Cholera in southern India
Disease focus: Cholera
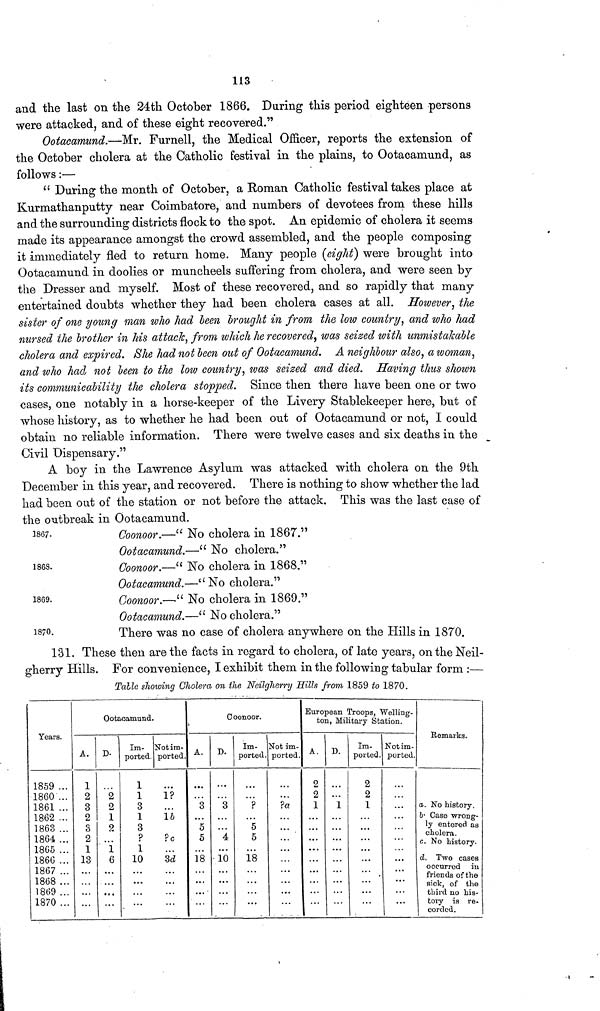
113
and the last on the 24th October 1866. During this period eighteen persons
were attacked, and of these eight recovered."
Ootacamund.—Mr. Furnell, the Medical Officer, reports the extension of
the October cholera at the Catholic festival in the plains, to Ootacamund, as
follows :—
" During the month of October, a Roman Catholic festival takes place at
Kurmathanputty near Coimbatore, and numbers of devotees from these hills
and the surrounding districts flock to the spot. An epidemic of cholera it seems
made its appearance amongst the crowd assembled, and the people composing
it immediately fled to return home. Many people {eight) were brought into
Ootacamund in doolies or muncheels suffering from cholera, and were seen by
the Dresser and myself. Most of these recovered, and so rapidly that many
entertained doubts whether they had been cholera cases at all. However, the
sister of one young man who had been brought in from the low country, and who had
nursed the brother in his attack, from which he recovered, was seised with unmistakable
cholera and expired. She had not been out of Ootacamund. A neighbour also, a woman,
and who had not been to the low country, was seized and died. Having thus shown
its communicability the cholera stopped. Since then there have been one or two
cases, one notably in a horse-keeper of the Livery Stablekeeper here, but of
whose history, as to whether he had been out of Ootacamund or not, I could
obtain no reliable information. There were twelve cases and six deaths in the
Civil Dispensary."
A boy in the Lawrence Asylum was attacked with cholera on the 9th
December in this year, and recovered. There is nothing to show whether the lad
had been out of the station or not before the attack. This was the last case of
the outbreak in Ootacamund.
1867.
1868.
1869.
Coonoor.—" No cholera in 1867."
Ootacamund.—" No cholera."
Coonoor.—" No cholera in 1868."
Ootacamund.—"No
cholera."
Coonoor.—" No cholera in 1869."
Ootacamund.—" No cholera."
1870.
There was no case of cholera anywhere on the Hills in 1870.
131. These then are the facts in regard to cholera, of late years, on the Neil-
gherry Hills. For convenience, I exhibit them in the following tabular form :—
Talla showing Cholera on the Neilgherry Hills from 1859 to 1870.
Years.
1859
1860
1861 ...
1862 ...
1863
1864
1865
1866
1867
1868
1869
1870 .
Ootacamund.
A.
1
2
3
2
3
2
1
13
D.
2
2
1
2
1
6
Im-
ported
1
1
3
1
3
?
1
10
Not im-
ported.
1?
1b
?c
3d
A.
3
5
5
18
Coonoor.
D.
3
4
10
Im-
ported.
?
5
5
18
Not im-
ported.
European Troops, Welling-
ton, Military Station.
A.
2
2
1
D.
1
Im-
ported .
2
2
1
Not im-
ported.
...
Remarks.
a. No history.
b. Case wrong-
ly entered as
cholera.
c. No history.
d. Two cases
occurred in
friends of the
sick, of the
tory is re-
corded.